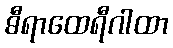
ဓီရာထေရီဂါထာ